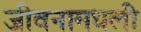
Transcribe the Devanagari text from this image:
जीवनामधली